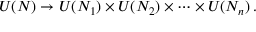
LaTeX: U ( N ) \to U ( N _ { 1 } ) \times U ( N _ { 2 } ) \times \cdots \times U ( N _ { n } ) \, .